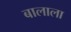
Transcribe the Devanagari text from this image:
बालाला